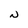
Character: N